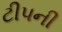
ટીપની